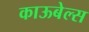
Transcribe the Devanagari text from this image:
काऊबेल्स